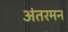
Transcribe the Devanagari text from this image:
अंतरमन